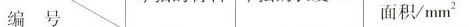
编号 面积/mm^{2}